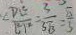
< \frac { D E } { E P ^ { 2 } } = \frac { 3 } { 5 \sqrt { 3 } } = \frac { \sqrt { 3 } } { 5 }